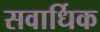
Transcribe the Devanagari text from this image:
सवार्धिक